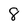
Character: 8